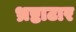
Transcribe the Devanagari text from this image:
भ्रष्टाटार